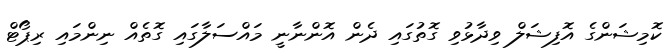
ކޮމިޝަންގެ އޮފިޝަލް ވިދާޅުވި ގޮތުގައި ދެން އޮންނާނީ މައްސަލާގައި ގޮތެއް ނިންމައި ރިޕޯޓް